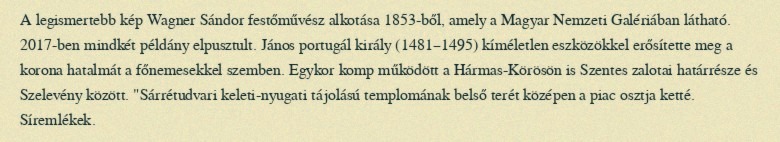
A legismertebb kép Wagner Sándor festőművész alkotása 1853-ből, amely a Magyar Nemzeti Galériában látható. 2017-ben mindkét példány elpusztult. János portugál király (1481–1495) kíméletlen eszközökkel erősítette meg a korona hatalmát a főnemesekkel szemben. Egykor komp működött a Hármas-Körösön is Szentes zalotai határrésze és Szelevény között. "Sárrétudvari keleti-nyugati tájolású templomának belső terét középen a piac osztja ketté. Síremlékek.